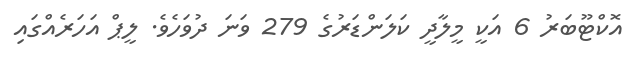
އޮކްޓޫބަރު 6 އަކީ މީލާދީ ކަލަންޑަރުގެ 279 ވަނަ ދުވަހެވެ. ލީޕް އަހަރެއްގައި